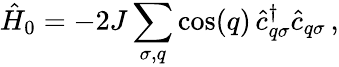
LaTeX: \hat{H}_{0}=-2J\sum_{\sigma,q}\cos(q)\, \hat{c}_{q\sigma}^{\dagger}\hat{c}_{q\sigma}\, ,